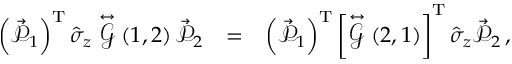
\begin{array} { r l r } { \left( \vec { \mathcal { P } } _ { 1 } \right) ^ { \mathrm { T } } \hat { \sigma } _ { z } \stackrel { \leftrightarrow } { \mathcal { G } } \left( 1 , 2 \right) \vec { \mathcal { P } } _ { 2 } } & { = } & { \left( \vec { \mathcal { P } } _ { 1 } \right) ^ { \mathrm { T } } \left\lbrack \stackrel { \leftrightarrow } { \mathcal { G } } \left( 2 , 1 \right) \right\rbrack ^ { \mathrm { T } } \hat { \sigma } _ { z } \vec { \mathcal { P } } _ { 2 } \, , } \end{array}